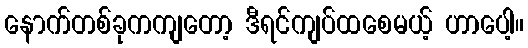
နောက်တစ်ခုကကျတော့ ဒီရင်ကျပ်ထစေမယ့် ဟာပေါ့။